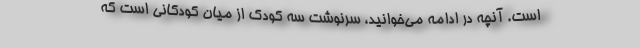
است. آنچه در ادامه می‌خوانید، سرنوشت سه کودک از میان کودکانی است که